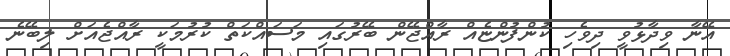
އޭނާ ވިދާޅުވީ ދިވެހި ކުންފުންޏެއް ރާއްޖޭން ބޭރުގައި މަސައްކަތް ކުރުމަކީ ރާއްޖެއަށް ލިބޭނެ